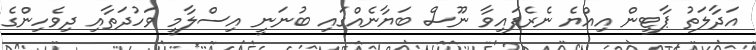
އަދާލަތު ޕާޓީން އިއްޔެ ނެރެފައިވާ ނޫސް ބަޔާނެއްގައި ބުނަނީ އިސްލާމީ ވަހުދަތާއި ދިވެހިންގެ